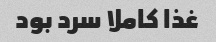
غذا کاملا سرد بود